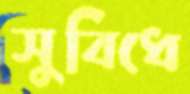
সুবিধে